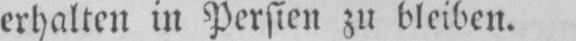
erhalten in Persien zu bleiben.